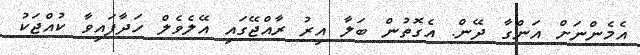
އެމެންނަށް އަންގާ ދޭން. އެގޮތުން ބަލާ އިރު ރާއްޖޭގައި އޭލެވެލް ހަދާފައިވާ ކުއްޖަކު